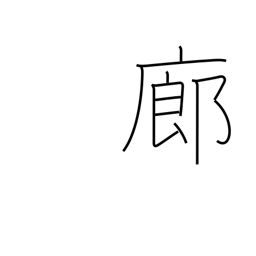
Meaning: corridor